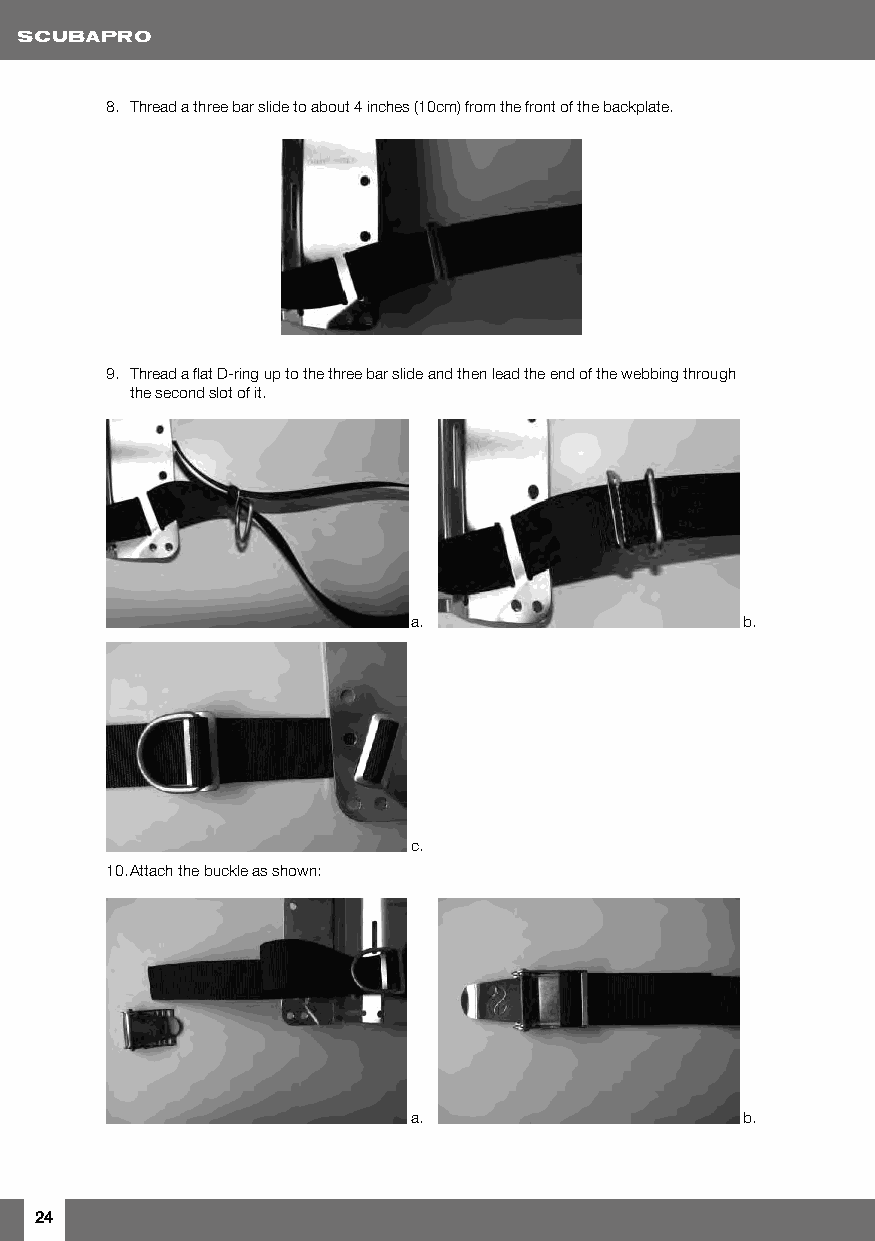
8. Thread a three bar slide to about 4 inches (10cm) from the front of the backplate.
 9. Thread a flat D-ring up to the three bar slide and then lead the end of the webbing through
 the second slot of it.
 a.                    b.
 c.
 10. Attach the buckle as shown:
 a.                    b.
 24